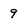
Character: 9